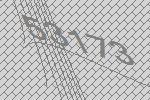
53173